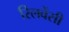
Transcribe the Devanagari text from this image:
रिलवेंसी